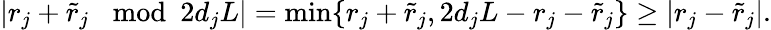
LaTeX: \begin{array}{r}{|r_{j}+\tilde{r}_{j}\mod 2d_{j}L|=\operatorname*{min}\{ r_{j}+\tilde{r}_{j},2d_{j}L-r_{j}-\tilde{r}_{j}\} \geq|r_{j}-\tilde{r}_{j}|.}\end{array}